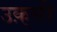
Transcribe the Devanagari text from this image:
उक़्सी